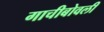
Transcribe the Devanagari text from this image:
गाचीबोवली